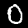
Label: 0